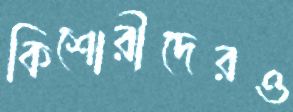
কিশোরীদেরও